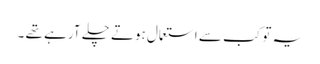
یہ تو کب سے استعمال ہوتے چلے آرہے تھے ۔